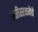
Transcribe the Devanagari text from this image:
शरीररचनेचे